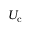
{ U _ { \mathrm { c } } }